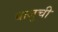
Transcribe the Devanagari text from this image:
बाजुची